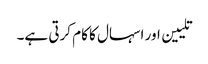
تلیین اور اسہال کا کام کرتی ہے۔